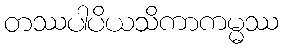
တဿပါပိယသိကာကမ္မဿ